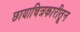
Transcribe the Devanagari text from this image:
छायाचित्रकारीतून